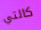
كالتي